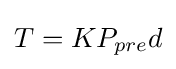
T=KP_{pre}d